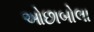
ઓછાબોલા